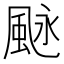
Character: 𩖻